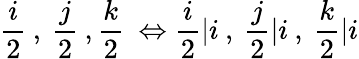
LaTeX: \frac{i}{2}\: ,\: \frac{j}{2}\: ,\frac{k}{2}\: \Leftrightarrow\frac{i}{2}\vert i\: ,\: \frac{j}{2}\vert i\: ,\: \frac{k}{2}\vert i